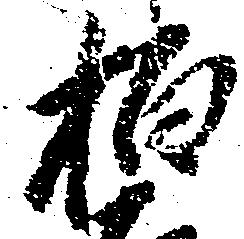
柏